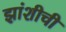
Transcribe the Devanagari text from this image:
झांशीची